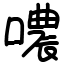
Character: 噥